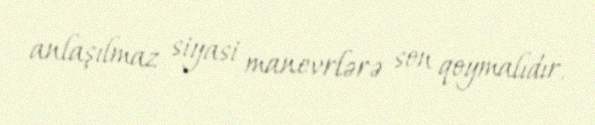
anlaşılmaz siyasi manevrlərə son qoymalıdır.